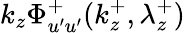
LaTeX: k_{z}\Phi_{u^{\prime}u^{\prime}}^{+}(k_{z}^{+},\lambda_{z}^{+})